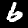
Digit: 6